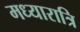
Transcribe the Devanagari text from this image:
मध्यारात्रि